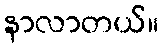
နာလာတယ်။